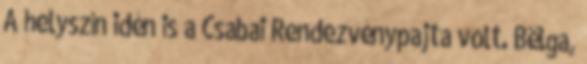
A helyszín idén is a Csabai Rendezvénypajta volt. Bëlga,